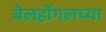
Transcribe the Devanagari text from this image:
बेलहोंगलच्या